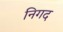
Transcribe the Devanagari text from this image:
निगद